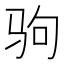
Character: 驹